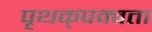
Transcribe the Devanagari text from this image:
पृथक्‌पक्वता